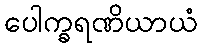
ပေါက္ခရဏိယာယံ